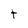
Character: t